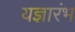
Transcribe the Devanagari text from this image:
यज्ञारंभ